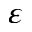
\varepsilon